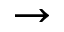
\to